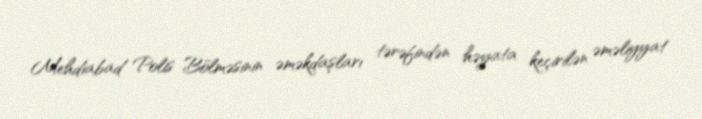
Mehdiabad Polis Bölməsinin əməkdaşları tərəfindən həyata keçirilən əməliyyat